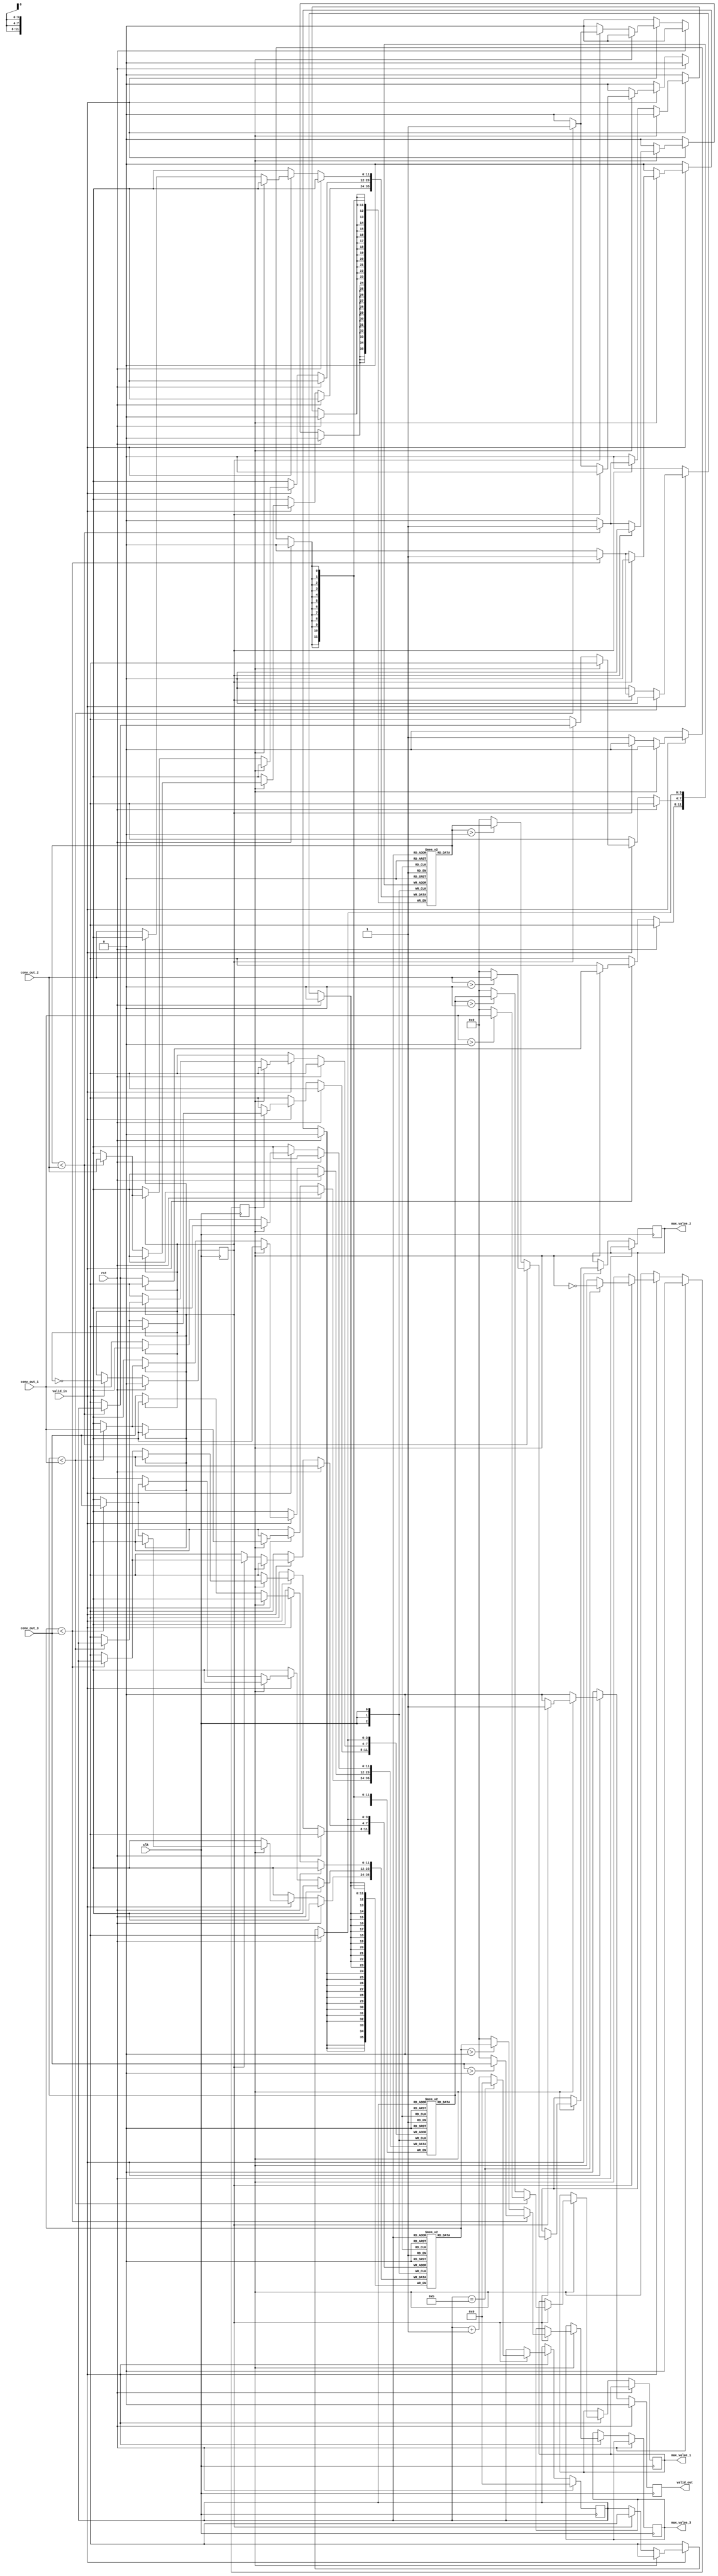
module mxp_relu #( parameter CONV_BIT = 12, HALF_WIDTH = 12, HALF_HEIGHT = 12, HALF_WIDTH_BIT = 4 )
(
    clk, rst,
    valid_in,
    conv_out_1, conv_out_2, conv_out_3,
	
    max_value_1, max_value_2, max_value_3,
    valid_out
);

input clk, rst, valid_in; 
input signed [CONV_BIT - 1 : 0] conv_out_1, conv_out_2, conv_out_3;

output reg [CONV_BIT - 1 : 0] max_value_1, max_value_2, max_value_3; 
output reg valid_out;

reg signed [CONV_BIT - 1 : 0] buffer_1 [0 : HALF_WIDTH - 1];
reg signed [CONV_BIT - 1 : 0] buffer_2 [0 : HALF_WIDTH - 1];
reg signed [CONV_BIT - 1 : 0] buffer_3 [0 : HALF_WIDTH - 1];

reg [HALF_WIDTH_BIT - 1 : 0] pcount;
reg state; // 0 : p0,p1 // 1 : p2,p3, out
reg flag; // 0 : input // 1 : Compare

always @ (posedge clk) begin
    if(rst) begin
        state <= 0;
        pcount <= 0;
        valid_out <= 0;
        flag <= 0;
    end
    else begin

        // Only Valid Value
        if(valid_in == 1) begin
            // Toggle Flag 
            flag <= ~flag;
            // 1 Count to 2 Clock
            if(flag == 1) begin
                pcount <= pcount + 1;
                if(pcount == HALF_WIDTH - 1) begin
                    state <= ~state;
                    pcount <= 0;
                end
            end
            // First line
            if(state == 0) begin
                //Input without Comparison
                if(flag == 0) begin
                    valid_out <= 0;
                    buffer_1[pcount] <= conv_out_1;
                    buffer_2[pcount] <= conv_out_2;
                    buffer_3[pcount] <= conv_out_3;
                end
                //Input with Comparison
                else begin
                    valid_out <= 0;
                    if(buffer_1[pcount] < conv_out_1)
                        buffer_1[pcount] <= conv_out_1;
                    if(buffer_2[pcount] < conv_out_2)
                        buffer_2[pcount] <= conv_out_2;
                    if(buffer_3[pcount] < conv_out_3)
                        buffer_3 [pcount] <= conv_out_3;
                end
            end
            // Second line
            else begin
                //Input with Comparison
                if(flag == 0) begin
                    valid_out <= 0;
                    if(buffer_1[pcount] < conv_out_1)
                        buffer_1[pcount] <= conv_out_1;
                    if(buffer_2[pcount] < conv_out_2)
                        buffer_2[pcount] <= conv_out_2;
                    if(buffer_3[pcount] < conv_out_3)
                        buffer_3[pcount] <= conv_out_3;
					
                end
                //Output with Comparison + ReLU
                else begin
                    valid_out <= 1;
                    // Channel 1
                    if(buffer_1[pcount] < conv_out_1) begin
                        if(conv_out_1 > 0)
                            max_value_1 <= conv_out_1;
                        else
                            max_value_1 <= 0;
                    end
                    else begin
                        if(buffer_1[pcount] > 0)
                            max_value_1 <= buffer_1[pcount];
                        else
                            max_value_1 <= 0;
                    end

                    // Channel 2
                    if(buffer_2[pcount] < conv_out_2) begin
                        if(conv_out_2 > 0)
                            max_value_2 <= conv_out_2;
                        else
                            max_value_2 <= 0;
                    end
                    else begin
                        if(buffer_2[pcount] > 0)
                            max_value_2 <= buffer_2[pcount];
                        else
                            max_value_2 <= 0;
                    end

                    // Channel 3
                    if(buffer_3[pcount] < conv_out_3) begin
                        if(conv_out_3 > 0)
                            max_value_3 <= conv_out_3;
                        else
                            max_value_3 <= 0;
                    end
                    else begin
                        if(buffer_3[pcount] > 0)
                            max_value_3 <= buffer_3[pcount];
                        else
                            max_value_3 <= 0;
                    end
                end
            end
        end
        else begin
            valid_out <= 0;
        end
    end
end

endmodule